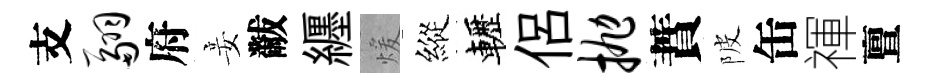
支翮府妾黻纒煖縱轣侶抛蕡陂缶禈亶